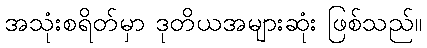
အသုံးစရိတ်မှာ ဒုတိယအများဆုံး ဖြစ်သည်။